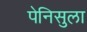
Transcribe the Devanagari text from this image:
पेनिसुला